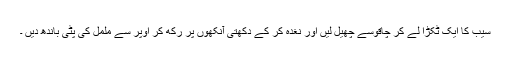
سیب کا ایک ٹکڑا لے کر چاقوسے چھیل لیں اور نغدہ کر کے دکھتی آنکھوں پر رکھ کر اوپر سے ململ کی پٹی باندھ دیں ۔